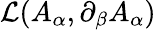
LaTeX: {\mathcal{L}}(A_{\alpha},\partial_{\beta}A_{\alpha})